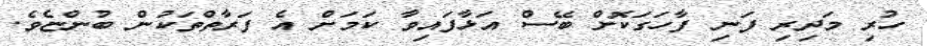
ހުރި މަދިރި ފަނި ފާހަގަކޮށް ބޭސް އަޅާފައިވާ ކަމަށް އެ ފަރާތްތަކުން ބުންޏެވެ.